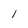
Character: 1